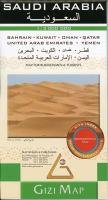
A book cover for Saudi Arabia Geographical (French Edition) Gizi; Gizi; Travel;